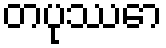
တပုဿော